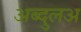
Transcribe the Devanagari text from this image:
अब्दुलअ